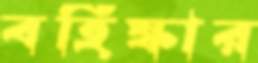
বহিষ্কার